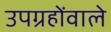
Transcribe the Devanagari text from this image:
उपग्रहोंवाले